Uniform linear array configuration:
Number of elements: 4
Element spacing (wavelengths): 1
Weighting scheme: cosine
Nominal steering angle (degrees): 60
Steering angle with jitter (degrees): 58.923
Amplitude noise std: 0.05
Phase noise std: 0.05

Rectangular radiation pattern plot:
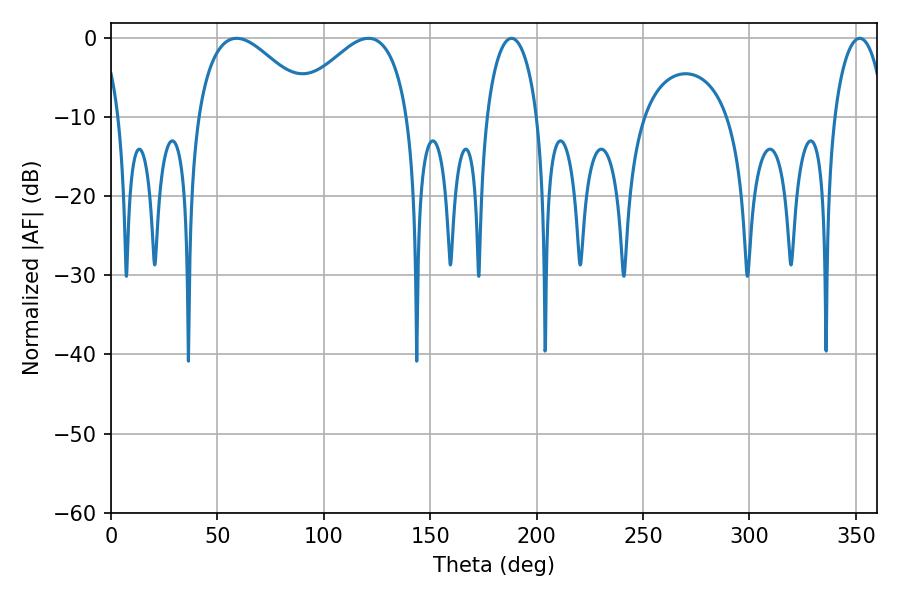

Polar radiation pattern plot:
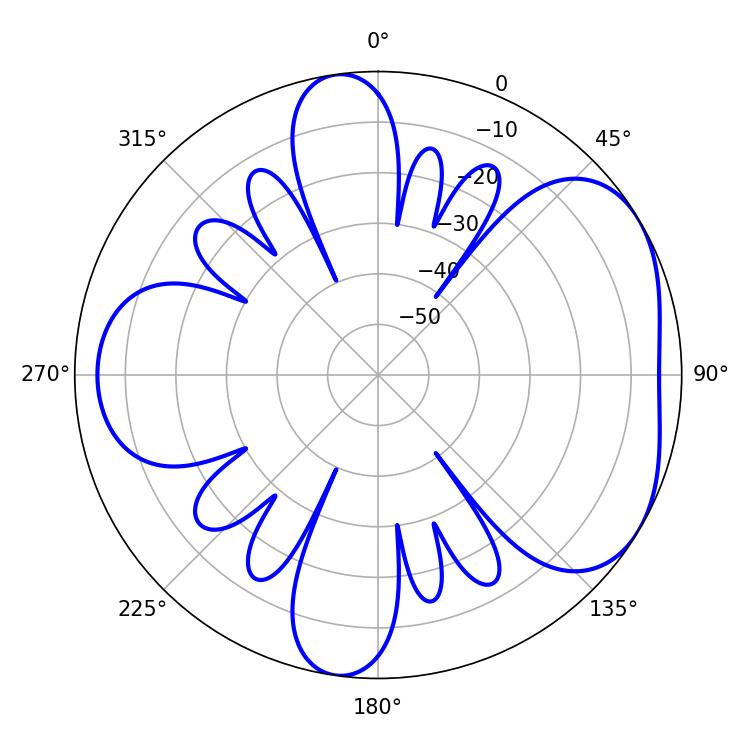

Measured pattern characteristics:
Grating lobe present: TRUE
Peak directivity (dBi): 4.659
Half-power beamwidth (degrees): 29.7
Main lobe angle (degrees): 59.04